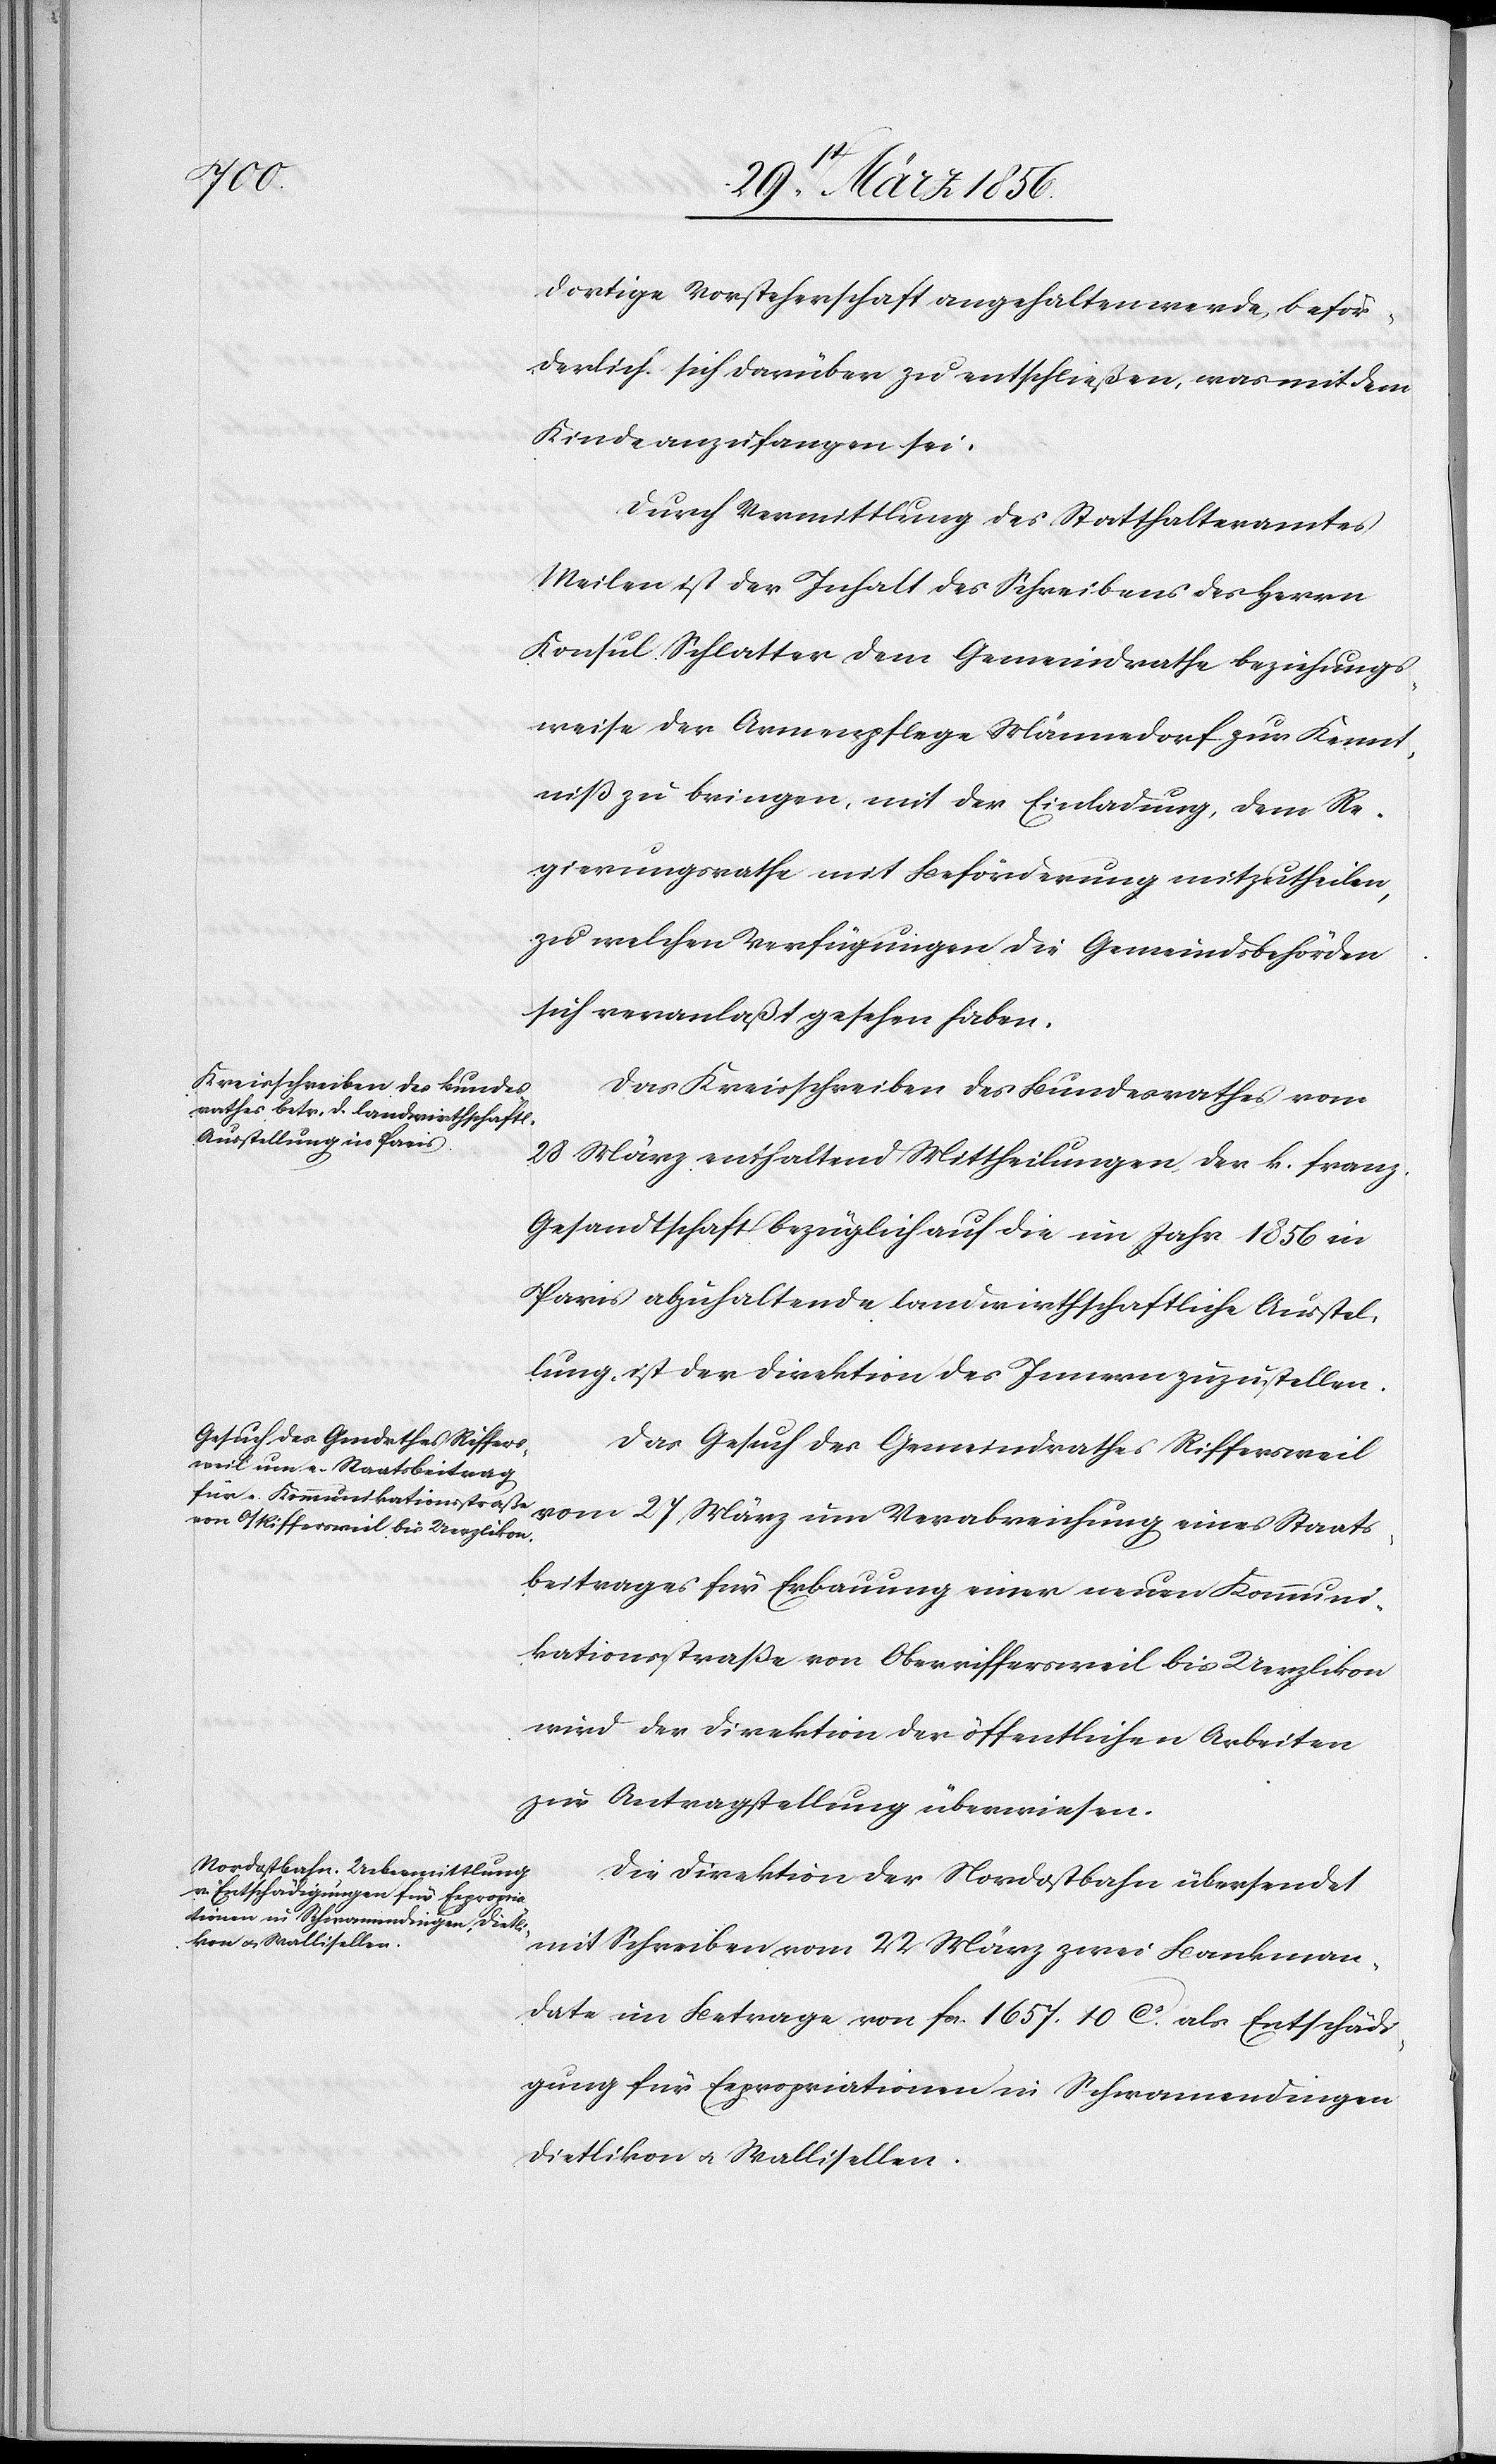
29st März 1856.]
dortige Vorsteherschaft angehalten werde, beför¬
derlich sich darüber zu entschließen, was mit dem
Kinde anzufangen sei.
Durch Vermittlung des Statthalteramtes
Meilen ist der Inhalt des Schreibens des Herrn
Konsul Schlatter dem Gemeindrathe beziehungs¬
weise der Armenpflege Männedorf zur Kennt¬
niß zu bringen, mit der Einladung, dem Re¬
gierungsrathe mit Beförderung mitzutheilen,
zu welchen Verfügungen die Gemeindsbehörden
sich veranlaßt gesehen haben.
Das Kreisschreiben des Bundesrathes vom
28 März enthaltend Mittheilung der k. franz.
Gesandtschaft bezüglich auf die im Jahr 1856 in
Paris abzuhaltende landwirthschaftliche Ausstel¬
lung, ist der Direktion des Innern zuzustellen.
Das Gesuch des Gemeindrathes Riffersweil
vom 27 März um Verabreichung eines Staats¬
beitrages für Erbauung einer neuen Kommuni¬
kationsstraße von Oberriffersweil bis Uerzlikon
wird der Direktion der öffentlichen Arbeiten
zur Antragstellung überwiesen.
Die Direktion der Nordostbahn übersendet
mit Schreiben vom 22 März zwei Bankman¬
date im Betrage von fcs. 1657. 10 ca als Entschädi¬
gung für Expropriationen in Schwamendingen[,]
Dietlikon u. Wallisellen.